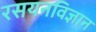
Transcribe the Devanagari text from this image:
रसयनविज्ञान